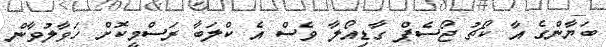
ބަޔާންގެ އާ ކޯޗު ޖޯސެޕް ގާޑިއޯލާ ވެސް އެ ކްލަބާ ރަސްމީކޮށް ހަވާލުވާން